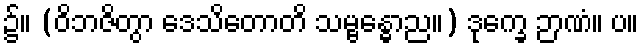
၌။ (ဝိဘဇိတွာ ဒေသိတောတိ သမ္ဗန္ဓောည။) ဒုက္ခေ ဉာဏံ။ ပ။